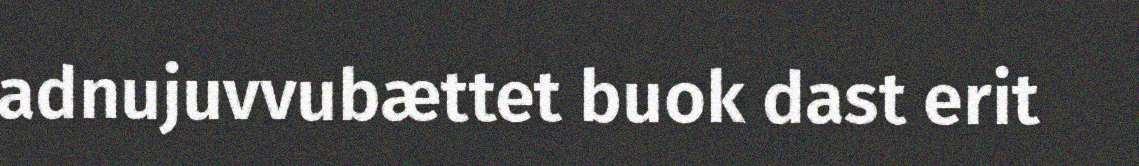
adnujuvvubættet buok dast erit